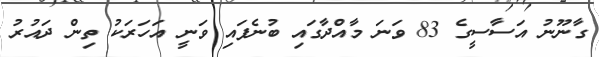
ގާނޫނު އަސާސީގެ 83 ވަނަ މާއްދާގައި ބުނެފައި ވަނީ އަހަރަކު ތިން ދައުރު